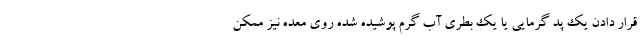
قرار دادن یک پد گرمایی یا یک بطری آب گرم پوشیده شده روی معده نیز ممکن